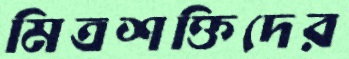
মিত্রশক্তিদের